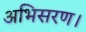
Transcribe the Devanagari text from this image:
अभिसरण।